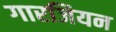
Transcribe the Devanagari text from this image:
गारजियन